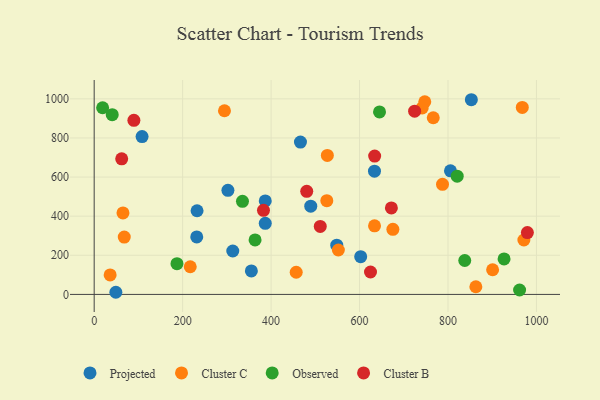
{"axis": {"x": "Engine Size", "y": "Rating"}, "legend": ["Cluster B", "Cluster C", "Observed", "Projected"], "data": [{"x": "633.8", "y": 630.1, "type": "Projected"}, {"x": "386.8", "y": 478.2, "type": "Projected"}, {"x": "355.4", "y": 119.9, "type": "Projected"}, {"x": "466.4", "y": 779.1, "type": "Projected"}, {"x": "49.0", "y": 10.9, "type": "Projected"}, {"x": "302.4", "y": 532.1, "type": "Projected"}, {"x": "232.6", "y": 427.8, "type": "Projected"}, {"x": "602.6", "y": 193.0, "type": "Projected"}, {"x": "489.7", "y": 451.3, "type": "Projected"}, {"x": "108.3", "y": 807.2, "type": "Projected"}, {"x": "313.4", "y": 221.9, "type": "Projected"}, {"x": "805.6", "y": 631.7, "type": "Projected"}, {"x": "386.8", "y": 363.3, "type": "Projected"}, {"x": "852.8", "y": 995.5, "type": "Projected"}, {"x": "231.9", "y": 293.9, "type": "Projected"}, {"x": "548.5", "y": 252.0, "type": "Projected"}, {"x": "217.2", "y": 141.3, "type": "Cluster C"}, {"x": "294.6", "y": 939.2, "type": "Cluster C"}, {"x": "36.1", "y": 99.6, "type": "Cluster C"}, {"x": "456.8", "y": 113.3, "type": "Cluster C"}, {"x": "552.1", "y": 227.2, "type": "Cluster C"}, {"x": "68.0", "y": 293.2, "type": "Cluster C"}, {"x": "741.7", "y": 953.8, "type": "Cluster C"}, {"x": "633.9", "y": 350.8, "type": "Cluster C"}, {"x": "675.4", "y": 332.7, "type": "Cluster C"}, {"x": "747.5", "y": 985.2, "type": "Cluster C"}, {"x": "968.0", "y": 955.9, "type": "Cluster C"}, {"x": "971.6", "y": 278.3, "type": "Cluster C"}, {"x": "787.6", "y": 562.8, "type": "Cluster C"}, {"x": "766.7", "y": 903.3, "type": "Cluster C"}, {"x": "526.0", "y": 479.4, "type": "Cluster C"}, {"x": "527.2", "y": 710.8, "type": "Cluster C"}, {"x": "863.0", "y": 39.1, "type": "Cluster C"}, {"x": "900.9", "y": 126.1, "type": "Cluster C"}, {"x": "65.1", "y": 416.7, "type": "Cluster C"}, {"x": "19.1", "y": 954.5, "type": "Observed"}, {"x": "837.9", "y": 173.3, "type": "Observed"}, {"x": "961.9", "y": 22.6, "type": "Observed"}, {"x": "40.8", "y": 918.9, "type": "Observed"}, {"x": "820.8", "y": 604.6, "type": "Observed"}, {"x": "645.2", "y": 932.9, "type": "Observed"}, {"x": "335.3", "y": 476.0, "type": "Observed"}, {"x": "926.8", "y": 181.2, "type": "Observed"}, {"x": "363.8", "y": 278.5, "type": "Observed"}, {"x": "187.2", "y": 157.0, "type": "Observed"}, {"x": "672.0", "y": 442.2, "type": "Cluster B"}, {"x": "511.2", "y": 347.4, "type": "Cluster B"}, {"x": "62.2", "y": 693.4, "type": "Cluster B"}, {"x": "979.5", "y": 316.1, "type": "Cluster B"}, {"x": "480.6", "y": 527.1, "type": "Cluster B"}, {"x": "724.6", "y": 937.1, "type": "Cluster B"}, {"x": "89.8", "y": 890.1, "type": "Cluster B"}, {"x": "634.2", "y": 707.3, "type": "Cluster B"}, {"x": "382.8", "y": 430.1, "type": "Cluster B"}, {"x": "624.8", "y": 114.7, "type": "Cluster B"}]}